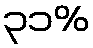
၃၁%